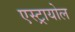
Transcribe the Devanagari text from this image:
एस्ट्रायोल